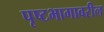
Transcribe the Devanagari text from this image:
पृष्टभागावरील